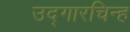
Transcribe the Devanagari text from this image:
उद्गारचिन्ह